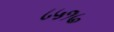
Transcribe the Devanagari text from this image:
८५१७